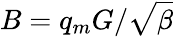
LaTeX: B=q_{m}G/\sqrt{\beta}